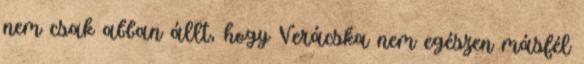
nem csak abban állt, hogy Verácska nem egészen másfél